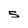
Character: 5